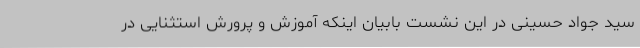
سید جواد حسینی در این نشست بابیان اینکه آموزش ‌و پرورش استثنایی در